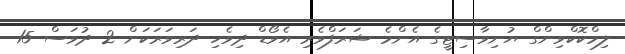
ލިމްކޮކްވިންގް ޔުނިވާސިޓީގެ އެންމެ ޝަރަފްވެރި އެވޯޑް ދިވެހި ދަރިވަރަކަށް 2 ދުވަސް 15